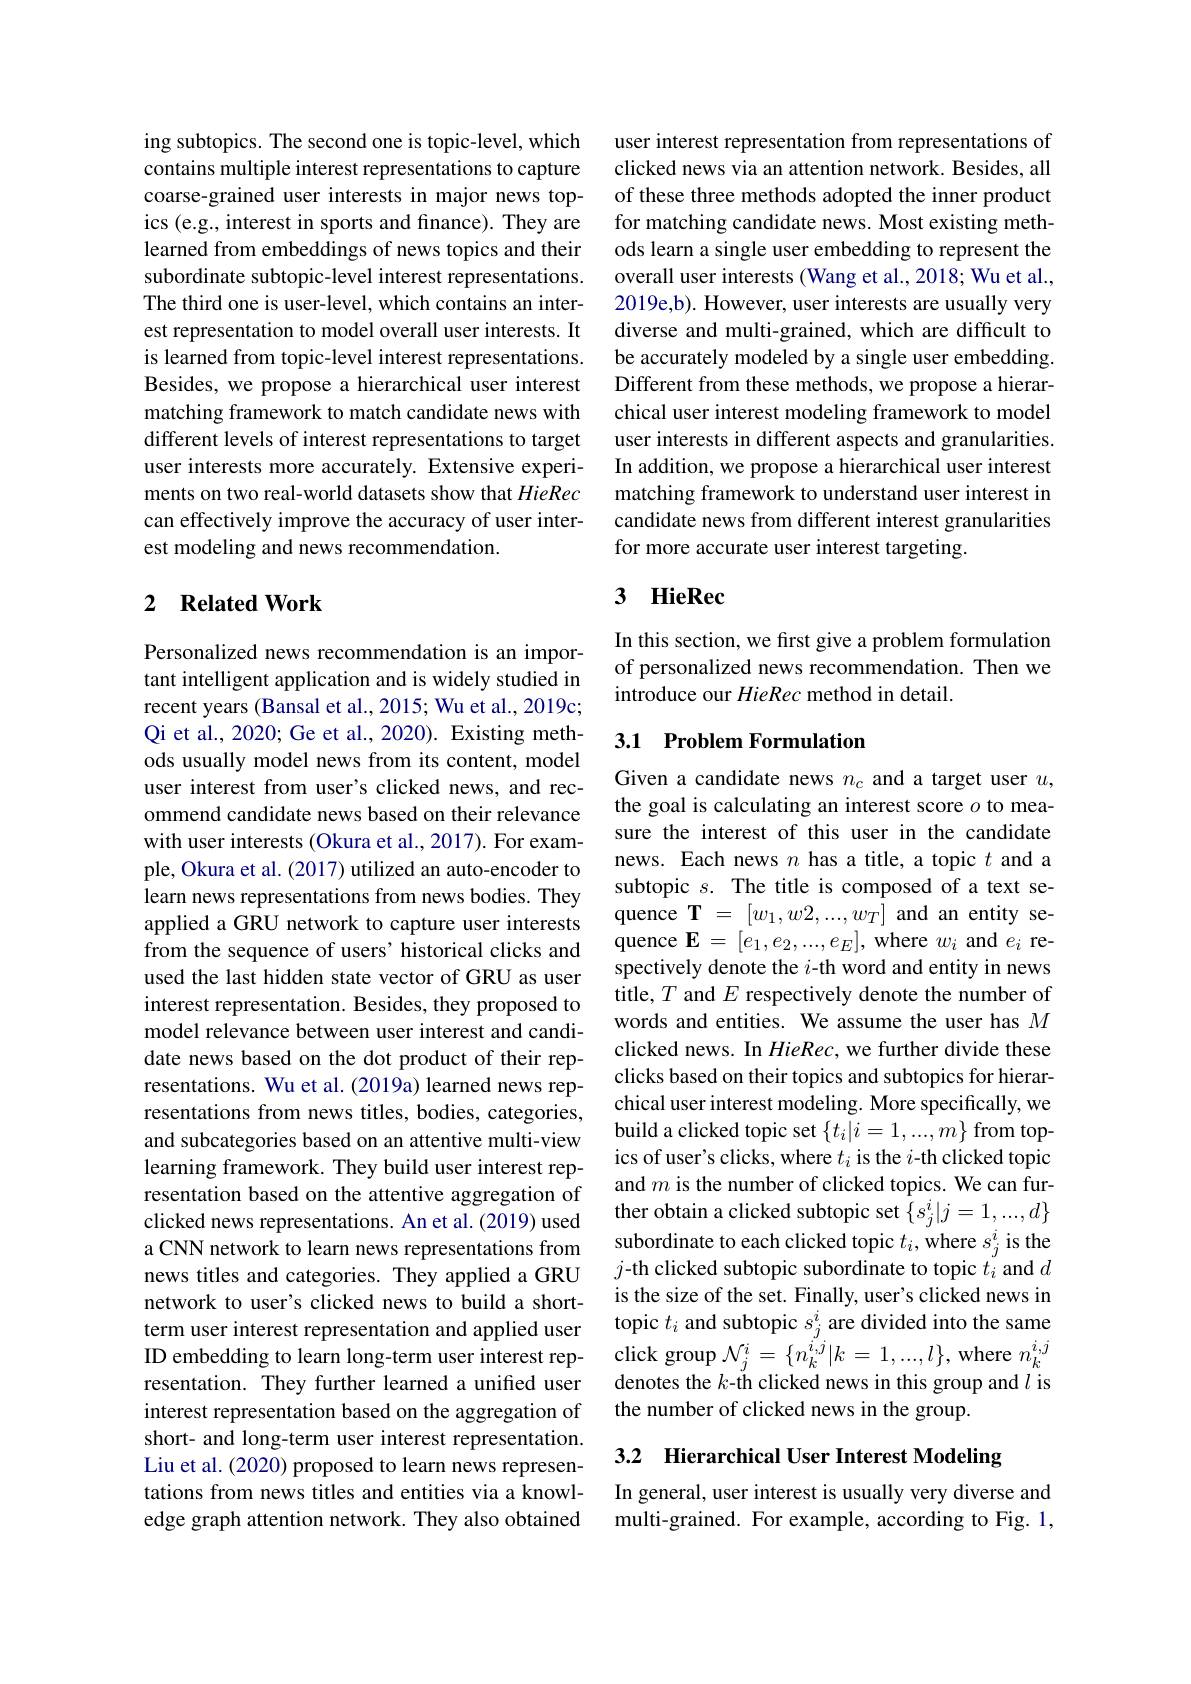
ing subtopics. The second one is topic-level, which contains multiple interest representations to capture coarse-grained user interests in major news topics (e.g., interest in sports and finance). They are learned from embeddings of news topics and their subordinate subtopic-level interest representations. The third one is user-level, which contains an interest representation to model overall user interests. It is learned from topic-level interest representations. Besides, we propose a hierarchical user interest matching framework to match candidate news with different levels of interest representations to target user interests more accurately. Extensive experiments on two real-world datasets show that HieRec can effectively improve the accuracy of user interest modeling and news recommendation.

### 2 $\textbf{Related Work}$

Personalized news recommendation is an important intelligent application and is widely studied in recent years (Bansal et al., 2015; Wu et al., 2019c; Qi et al., 2020; Ge et al., 2020). Existing methods usually model news from its content, model user interest from user's clicked news, and recommend candidate news based on their relevance with user interests (Okura et al., 2017). For example, Okura et al. (2017) utilized an auto-encoder to learn news representations from news bodies. They applied a GRU network to capture user interests from the sequence of users' historical clicks and used the last hidden state vector of GRU as user interest representation. Besides, they proposed to model relevance between user interest and candidate news based on the dot product of their representations. Wu et al. (2019a) learned news representations from news titles, bodies, categories, and subcategories based on an attentive multi-view learning framework. They build user interest representation based on the attentive aggregation of clicked news representations. An et al. (2019) used a CNN network to learn news representations from news titles and categories. They applied a GRU network to user's clicked news to build a shortterm user interest representation and applied user $\begin{array}{lll}\text{ID embedding to learn long-term user interest rep-}&\text{click group }\mathcal{N}_j^i=\{n_k^{i,j}|k=1,...,l\},\text{where }n_k^{i,j}\\\text{resentation. They further learned a unified user}&\text{denotes the }k\text{-th clicked news in this group and }l\text{ is}\end{array}$
interest representation based on the aggregation of short- and long-term user interest representation. Liu et al. (2020) proposed to learn news representations from news titles and entities via a knowledge graph attention network. They also obtained

user interest representation from representations of clicked news via an attention network. Besides, all of these three methods adopted the inner product for matching candidate news. Most existing methods learn a single user embedding to represent the overall user interests (Wang et al., 2018; Wu et al., 2019e,b). However, user interests are usually very diverse and multi-grained, which are difficult to be accurately modeled by a single user embedding. Different from these methods, we propose a hierarchical user interest modeling framework to model user interests in different aspects and granularities. In addition, we propose a hierarchical user interest matching framework to understand user interest in candidate news from different interest granularities for more accurate user interest targeting.

# 3 HieRec

In this section, we first give a problem formulation of personalized news recommendation. Then we introduce our HieRec method in detail.

## 3.1 Problem Formulation

Given a candidate news $n_c$ and a target user $u$, the goal is calculating an interest score $o$ to measure the interest of this user in the candidate news. Each news $n$ has a title, a topic $t$ and a subtopic $s.$ The title is composed of a text sequence $\mathbf{T}=[w_1,w2,...,w_T]$ and an entity sequence $\mathbf{E}=[e_1,e_2,...,e_E]$, where $w_i$ and $e_i$ respectively denote the $i$-th word and entity in news title, $T$ and $E$ respectively denote the number of words and entities. We assume the user has $M$ clicked news. In HieRec, we further divide these clicks based on their topics and subtopics for hierarchical user interest modeling. More specifically, we build a clicked topic set $\{t_i|i=1,...,m\}$ from topics of user's clicks, where $t_i$ is the $i$-th clicked topic and $m$ is the number of clicked topics. We can further obtain a clicked subtopic set $\{s_j^i|j=1,...,d\}$ subordinate to each clicked topic $t_i$,where $s_j^i$ is the $j$-th clicked subtopic subordinate to topic $t_i$ and $d$ is the size of the set. Finally, user's clicked news in topic $t_i$ and subtopic $s_j^i$ are divided into the same the number of clicked news in the group.

3.2 Hierarchical User Interest Modeling

In general, user interest is usually very diverse and multi-grained. For example, according to Fig. 1,